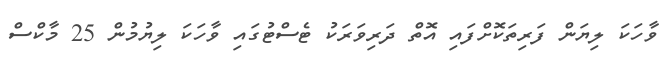
ވާހަކަ ލިޔަން ފަރިތަކޮށްފައި އޮތް ދަރިވަރަކު ޓެސްޓުގައި ވާހަކަ ލިޔުމުން 25 މާކްސް